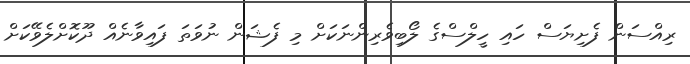
ރިއްސަން ފެށިޔަސް ހައި ހީލްސްގެ ލޯބިވެރިންނަކަށް މި ފެޝަން ނުވަތަ ފައިވާނެއް ދޫކޮށްލެވޭކަށް